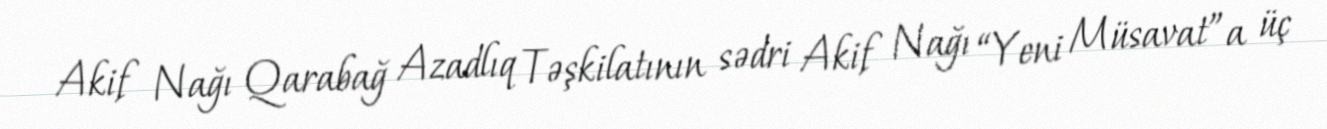
Akif Nağı Qarabağ Azadlıq Təşkilatının sədri Akif Nağı “Yeni Müsavat”a üç